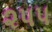
૨૫૫